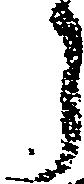
う